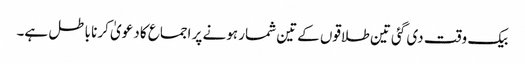
بیک وقت دی گئی تین طلاقوں کےتین شمار ہونے پر اجماع کا دعویٰ کرنا باطل ہے۔